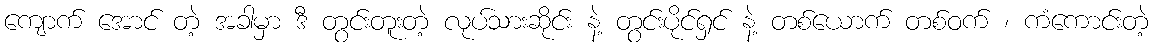
ကျောက် အောင် တဲ့ အခါမှာ ဒီ တွင်းတူးတဲ့ လုပ်သားဆိုင်း နဲ့ တွင်းပိုင်ရှင် နဲ့ တစ်ယောက် တစ်ဝက် ၊ ကံကောင်းတဲ့